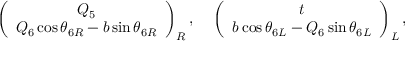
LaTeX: \left( \begin{array} { c } { { Q _ { 5 } } } \\ { { Q _ { 6 } \cos \theta _ { 6 R } - b \sin \theta _ { 6 R } } } \end{array} \right) _ { R } , ~ ~ ~ \left( \begin{array} { c } { { t } } \\ { { b \cos \theta _ { 6 L } - Q _ { 6 } \sin \theta _ { 6 L } } } \end{array} \right) _ { L } ,